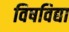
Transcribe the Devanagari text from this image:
विषविद्या